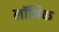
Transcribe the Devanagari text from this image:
लॉगिक